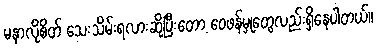
မနာလိုစိတ် သေးသိမ်းရလားဆိုပြီးတော့ ဝေဖန်မှုတွေလည်းရှိနေပါတယ်။